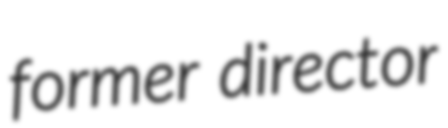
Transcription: former director